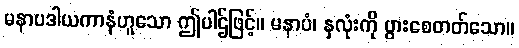
မနာပဒါယကာနံဟူသော ဤပါဌ်ဖြင့်။ မနာပံ၊ နှလုံးကို ပွားစေတတ်သော။